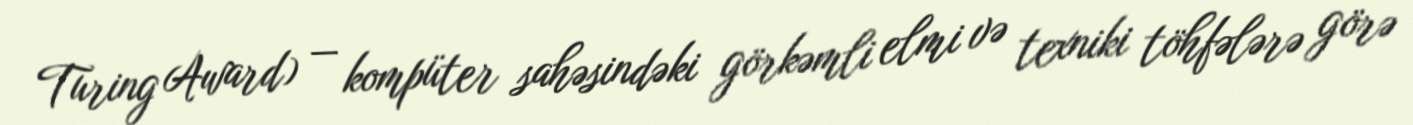
Turing Award) — kompüter sahəsindəki görkəmli elmi və texniki töhfələrə görə